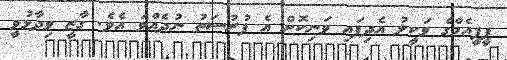
ޕީޕީއެމްގެ ވަކީލު އެދިފައި ވަނިކޮށް އެ ފުރުސަތު ނުދެއްވަ އެވެ. ގާޒީ ވިދާޅުވީ